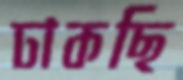
ঢাকছি